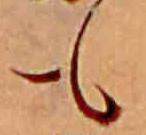
も